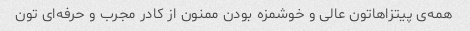
همه‌ی پیتزاهاتون عالی و خوشمزه بودن ممنون از کادر مجرب و حرفه‌ای تون